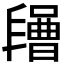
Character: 𣍔